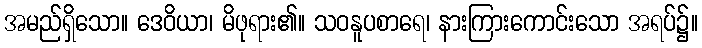
အမည်ရှိသော။ ဒေဝိယာ၊ မိဖုရား၏။ သဝနူပစာရေ၊ နားကြားကောင်းသော အရပ်၌။